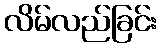
လိမ်လည်ခြင်း